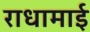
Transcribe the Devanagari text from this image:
राधामाई